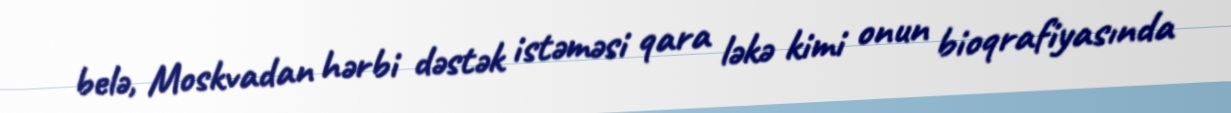
belə, Moskvadan hərbi dəstək istəməsi qara ləkə kimi onun bioqrafiyasında